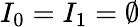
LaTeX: I_{0}=I_{1}=\emptyset